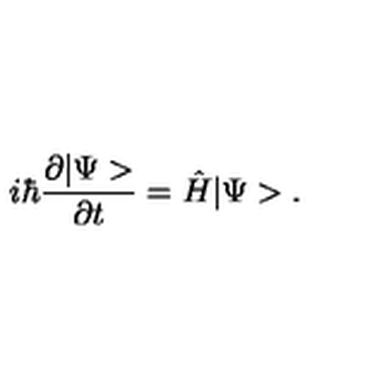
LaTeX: i \hbar \frac { \partial | \Psi > } { \partial t } = \hat { H } | \Psi > .